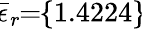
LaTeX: \! \overline{{\epsilon}}_{r}\! \! =\! \! \{ 1.4224\} \!